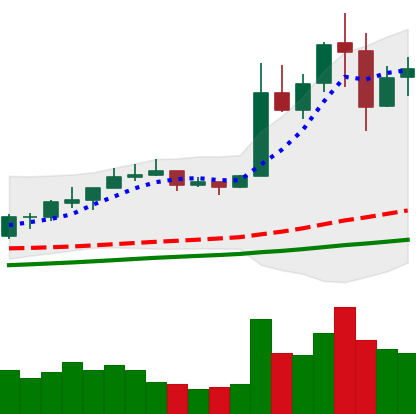
Ticker: NEO-USD
Chart end date: 2019-06-29
Forward return: -7.577%
Label: down_7plus